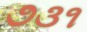
૭૩૧